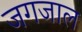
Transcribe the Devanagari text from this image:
जगजाल